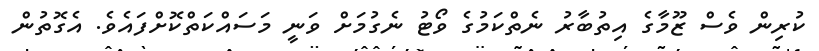
ކުރިން ވެސް ޒޫމާގެ އިތުބާރު ނެތްކަމުގެ ވޯޓު ނެގުމަށް ވަނީ މަސައްކަތްކޮށްފައެވެ. އެގޮތުން